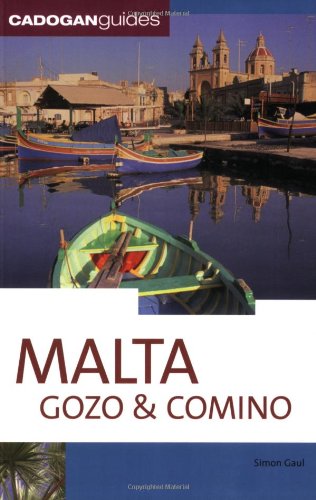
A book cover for Malta Gozo & Comino, 4th (Country & Regional Guides - Cadogan); Simon Gaul; Travel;